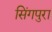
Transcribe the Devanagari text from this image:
सिंगपुरा